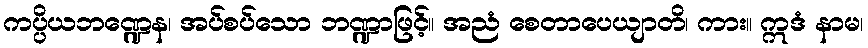
ကပ္ပိယဘဏ္ဍေန၊ အပ်စပ်သော ဘဏ္ဍာဖြင့်။ အညံ စေတာပေယျာတိ၊ ကား။ ဣဒံ နာမ၊